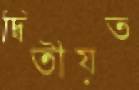
দ্বিতীয়ত